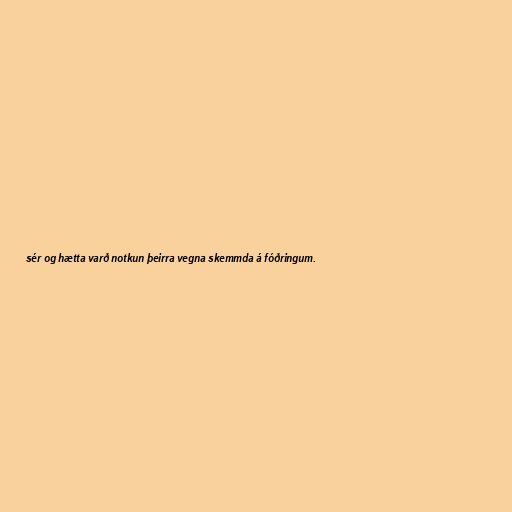
sér og hætta varð notkun þeirra vegna skemmda á fóðringum.